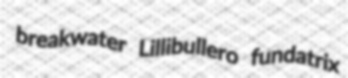
breakwater Lillibullero fundatrix